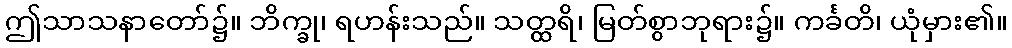
ဤသာသနာတော်၌။ ဘိက္ခု၊ ရဟန်းသည်။ သတ္ထရိ၊ မြတ်စွာဘုရား၌။ ကင်္ခတိ၊ ယုံမှား၏။